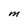
Character: M